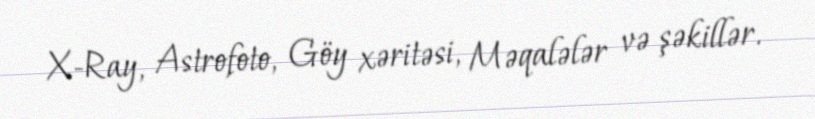
X-Ray, Astrofoto, Göy xəritəsi, Məqalələr və şəkillər.